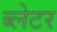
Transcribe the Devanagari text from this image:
ब्लेटर